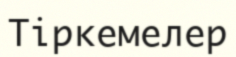
Тіркемелер